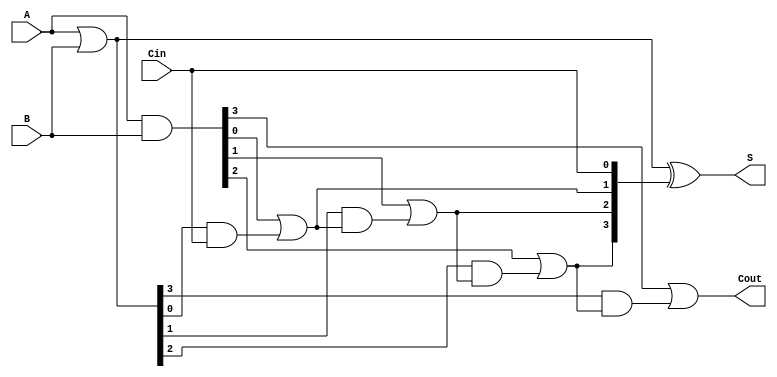
module ParallelPrefixAdder #(parameter N = 4) (
    input [N-1:0] A,
    input [N-1:0] B,
    input Cin,
    output [N-1:0] S,
    output Cout
);

    wire [N-1:0] G; // Generate signals
    wire [N-1:0] P; // Propagate signals
    wire [N:0] C;   // Carry signals

    // Generate and Propagate computations
    assign G = A & B;       // G[i] = A[i] & B[i]
    assign P = A | B;       // P[i] = A[i] | B[i]

    // Carry computations based on Kogge-Stone structure
    assign C[0] = Cin; // Initial carry-in

    genvar i, j;
    
    // Level 1 (1st level carries)
    for (i = 0; i < N; i = i + 1) begin
        assign C[i+1] = G[i] | (P[i] & C[i]);
    end

    // Sum computation
    assign S = P ^ C[N-1:0]; // S[i] = P[i] XOR C[i]

    // Final carry-out
    assign Cout = C[N];

endmodule